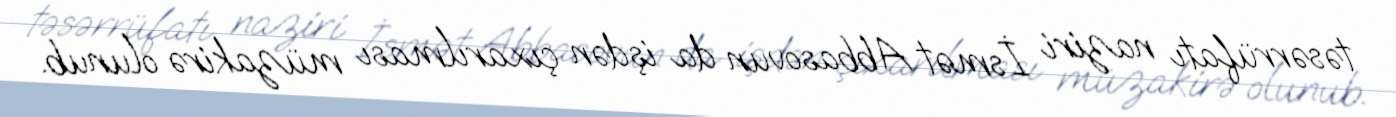
təsərrüfatı naziri İsmət Abbasovun da işdən çıxarılması müzakirə olunub.